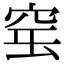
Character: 𥥢